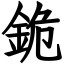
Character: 䤥